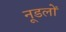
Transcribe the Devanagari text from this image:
नूडलों